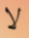
لا